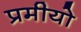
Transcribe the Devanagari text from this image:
प्रमीयो